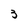
Character: 3